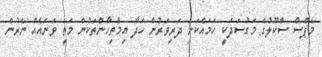
މެޕްސް ސްކޫލުގެ މަގުސަދަކީ ހަމައެކަނި ދަރިވަރުން ހަދާ އިމްތިހާންތަކުން މަތީ ވަނައެއް ނެރުން